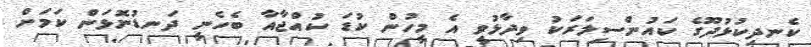
ކެނދިކުޅުދޫގެ ކައުންސިލަރަކު ވިދާޅުވީ އެ މީހުން ކުޑަ ކުއްޖާއާ ބެހެނީ ދަނޑުނޮޅަން ކަމަށް